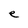
Character: e